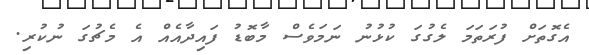
އެގޮތަށް ފުރަތަމަ ލެގުގަ ކުޅުނު ނަމަވެސް މާބޮޑު ފައިދާއެއް އެ މެޗުގަ ނުކުރި.